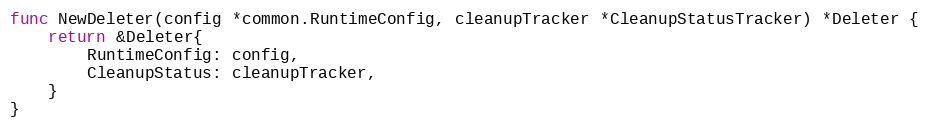
Language: Go
func NewDeleter(config *common.RuntimeConfig, cleanupTracker *CleanupStatusTracker) *Deleter {
	return &Deleter{
		RuntimeConfig: config,
		CleanupStatus: cleanupTracker,
	}
}